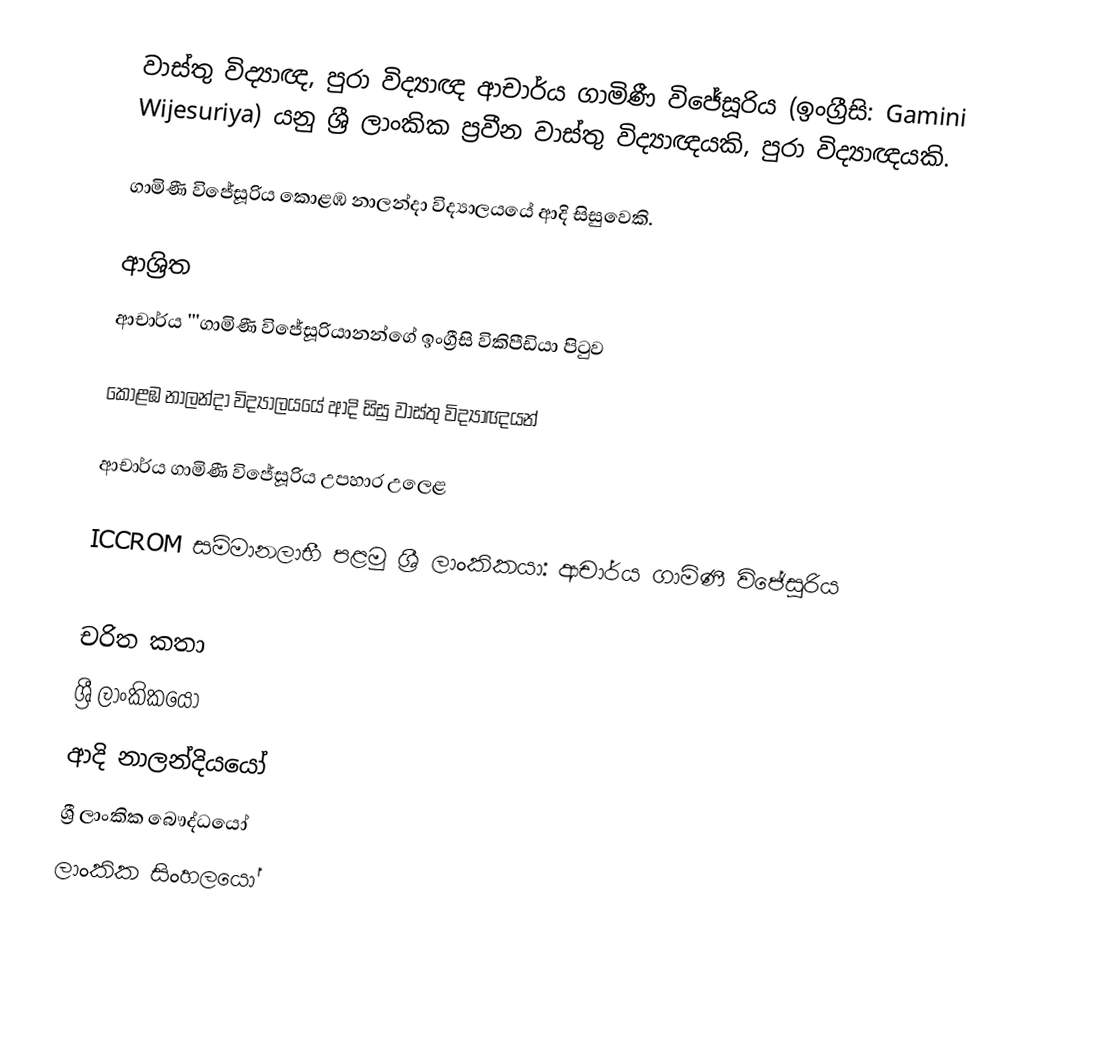
වාස්තු විද්‍යාඥ, පුරා විද්‍යාඥ ආචාර්ය ගාමිණී විජේසූරිය  (ඉංග්‍රීසි: Gamini Wijesuriya) යනු  ශ්‍රී ලාංකික ප්‍රවීන වාස්තු විද්‍යාඥයකි, පුරා විද්‍යාඥයකි.

ගාමිණී විජේසූරිය කොළඹ නාලන්දා විද්‍යාලයයේ ආදි සිසුවෙකි.

ආශ්‍රිත
 ආචාර්ය '''ගාමිණී විජේසූරියානන්ගේ ඉංග්‍රීසි විකිපීඩියා පිටුව

 කොළඹ නාලන්දා විද්‍යාලයයේ ආදි සිසු වාස්තු විද්‍යාඥයන්

 ආචාර්ය ගාමිණී විජේසූරිය උපහාර උලෙළ

 ICCROM සම්මානලාභී පළමු ශ්‍රී ලාංකිකයා: ආචාර්ය ගාමිණී විජේසූරිය

චරිත කතා
ශ්‍රී ලාංකිකයෝ
ආදි නාලන්දියයෝ
ශ්‍රී ලාංකික බෞද්ධයෝ
ලාංකික සිංහලයෝ